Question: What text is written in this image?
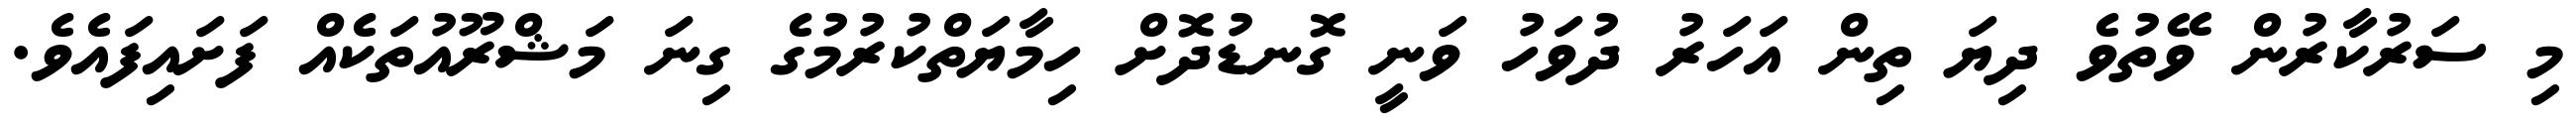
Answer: މި ސަރުކާރުން ވޭތުވެ ދިޔަ ތިން އަހަރު ދުވަހު ވަނީ ގޮނޑުދޮށް ހިމާޔަތްކުރުމުގެ ގިނަ މަޝްރޫއުތަކެއް ފަށައިފައެވެ.